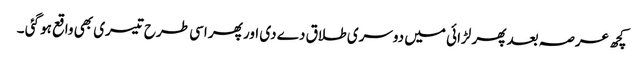
کچھ عرصہ بعد پھر لڑائی میں دوسری طلاق دے دی اور پھر اسی طرح تیسری بھی واقع ہو گئی ۔